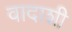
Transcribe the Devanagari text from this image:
वादाशी